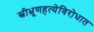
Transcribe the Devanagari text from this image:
स्त्रीभ्रूणहत्येविरोधात